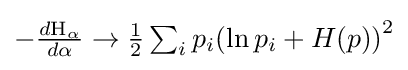
{\textstyle -{\frac {d\mathrm {H} _{\alpha }}{d\alpha }}\to {\frac {1}{2}}\sum _{i}p_{i}{\left(\ln p_{i}+H(p)\right)}^{2}}